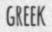
GREEK